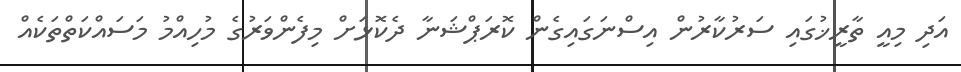
އަދި މިއީ ތާރީޚުގައި ސަރުކާރުން އިސްނަގައިގެން ކޮރަޕްޝަނާ ދެކޮޅަށް މިފެންވަރުގެ މުހިއްމު މަސައްކަތްތަކެއް